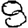
Digit: 8